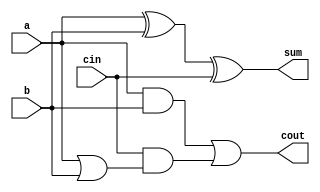
// -------------------------------------------------------
//  Courcine: HDL(2022-23)
//  Project: Full Adder
//  Description: Testbench template for Full Adder
//  Owner: Tejeshwar
//  Indian Institute of Technology Bombay
// -------------------------------------------------------


module full_add (
    input a,
    input b,
    input cin,
    output sum,
    output cout
); //{

   // sum = a xor b xor cin
   // cout = a.b+c(a+b)
   //

   wire w1, w2, w3, w4;

   assign sum = a ^ b ^ cin;

   assign w1 = a & b;
   assign w2 = a | b;

   assign w3 = cin & w2;

   assign cout = w1 | w3;

   assign w4 = (a&b)|(cin&(a|b));
endmodule //}